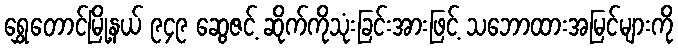
ရွှေတောင်မြို့နယ် ၉၄၉ ဆွေဇင့် ဆိုက်ကိုသုံးခြင်းအားဖြင့် သဘောထားအမြင်များကို